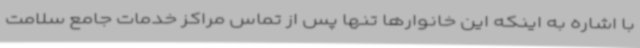
با اشاره به اینکه این خانوارها تنها پس از تماس مراکز خدمات جامع سلامت